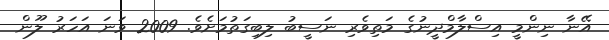
އޭނާ ނިންމީ އިސްލާމްދީނުގެ މަތިވެރި ނަސީބު ލިބިގަތުމަށެވެ. 2009 ވަނަ އަހަރު ލޫން